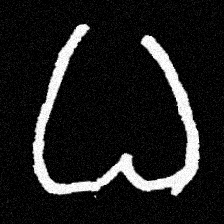
Pyu character \u2014 Myanmar letter: ဓ (romanized: dha)